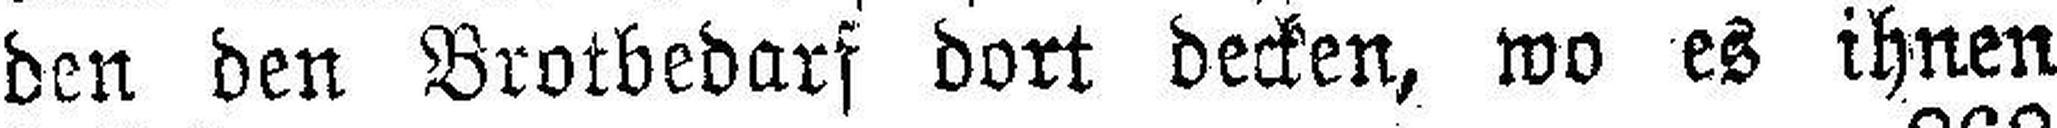
den den Brotbedarf dort decken, wo es ihnen